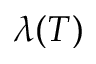
\lambda ( T )